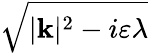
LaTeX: \sqrt{|\mathbf{k}|^{2}-i\varepsilon\lambda}